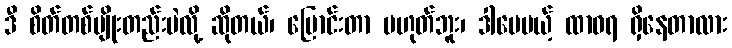
ဒီ စိတ်တစ်မျိုးတည်းပဲလို့ ဆိုတယ်၊ ပြောင်းတာ မဟုတ်ဘူး၊ ဒါပေမယ့် ထာဝရ ရှိနေတာလား